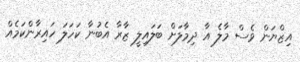
އިޒްޔަން ވެސް މާލެ އާ ދިމާލަށް ބަލައިލީ ޒާރާ އެބުނާ ކަހަލަ ހައިރާންކަމެއް